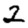
Digit: 2